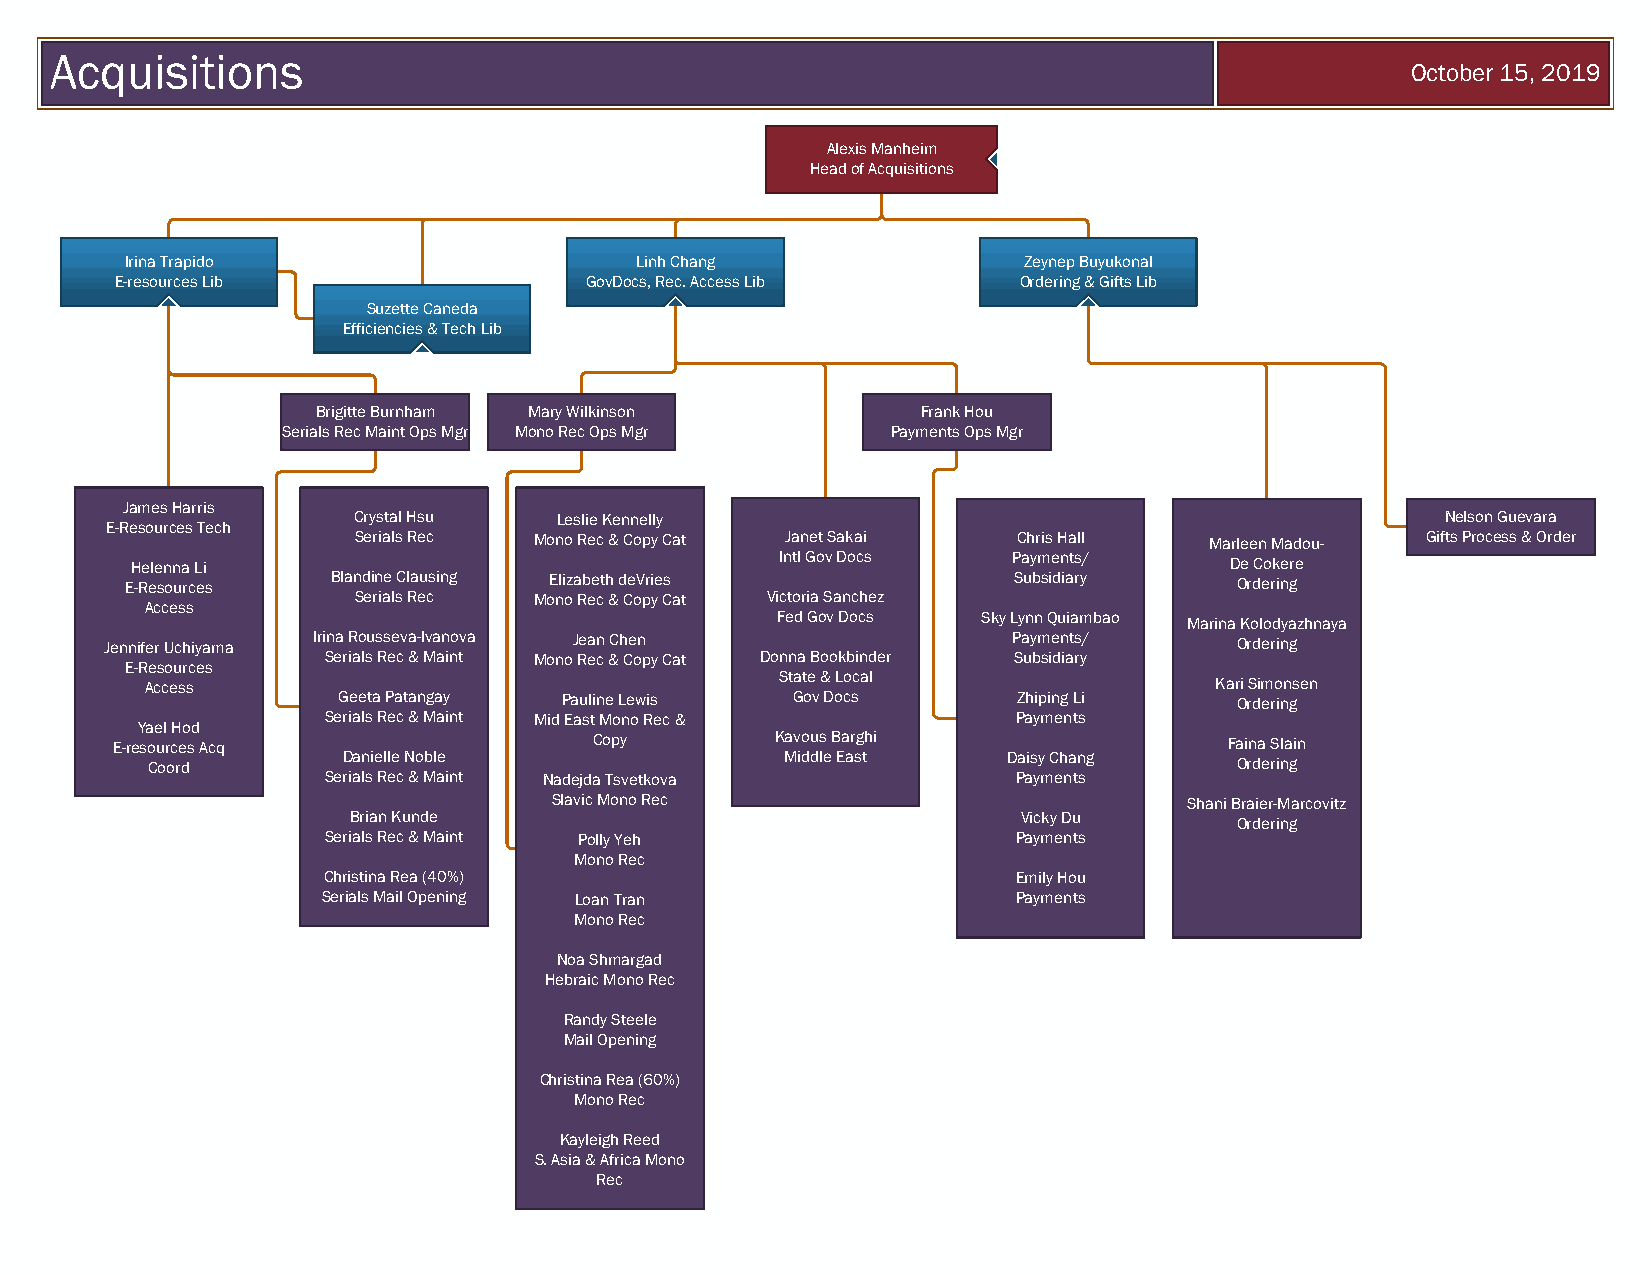
Acquisitions
 October 15, 2019
 Alexis Manheim
 Head of Acquisitions
 Irina Trapido                     Linh Chang                Zeynep Buyukonal
 E-resources Lib                GovDocs, Rec. Access Lib    Ordering & Gifts Lib
 Suzette Caneda
 Efficiencies & Tech Lib
 Brigitte Burnham Mary Wilkinson         Frank Hou
 Serials Rec Maint Ops Mgr Mono Rec Ops Mgr Payments Ops Mgr
 James Harris
 Crystal Hsu   Leslie Kennelly                                            Nelson Guevara
 E-Resources Tech
 Serials Rec Mono Rec & Copy Cat Janet Sakai Chris Hall   Marleen Madou- Gifts Process & Order
 Helenna Li                                 Intl Gov Docs  Payments/     De Cokere
 E-Resources   Blandine Clausing Elizabeth deVries          Subsidiary     Ordering
 Serials Rec Mono Rec & Copy Cat Victoria Sanchez
 Access
 Fed Gov Docs  Sky Lynn Quiambao Marina Kolodyazhnaya
 Jen En -i Rfe er
 s
 U
 o
 uch rciy ea sm a Iri Sn ea
 r
 R iao lsu s Rs ee cv &a- I Mva an ino tva MonoJ Re ea cn &Ch Ce on
 py Cat  Donna Bo okbinder
 P Sa uy bm sie dn iats ry/ Ordering
 State & Local
 Access                                                                Kari Simonsen
 Geeta Patangay Pauline Lewis  Gov Docs       Zhiping Li     Ordering
 Serials Re c & Maint Mid East Mono Rec &      Payments
 Yael Hod
 E-resources Acq                 Copy        Kavous Barghi                 Faina Slain
 Coord        Danielle Noble               Middle East    Daisy Chang    Ordering
 Serials Rec & Maint Nadejda Tsvetkova         Payments
 Slavic Mono Rec                           Shani Braier-Marcovitz
 Brian Kunde                                  Vicky Du      Ordering
 Serials Rec & Maint Polly Yeh                 Payments
 Mono Rec
 Christina Rea (40%)                           Emily Hou
 Serials Mail Opening Loan Tran                Payments
 Mono Rec
 Noa Shmargad
 Hebraic Mono Rec
 Randy Steele
 Mail Opening
 Christina Rea (60%)
 Mono Rec
 Kayleigh Reed
 S. Asia & Africa Mono
 Rec